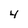
Character: 4